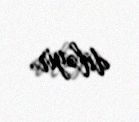
diləyir.